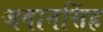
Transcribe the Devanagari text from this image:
जवानसिंह